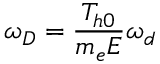
\omega _ { D } = \frac { T _ { h 0 } } { m _ { e } E } \omega _ { d }